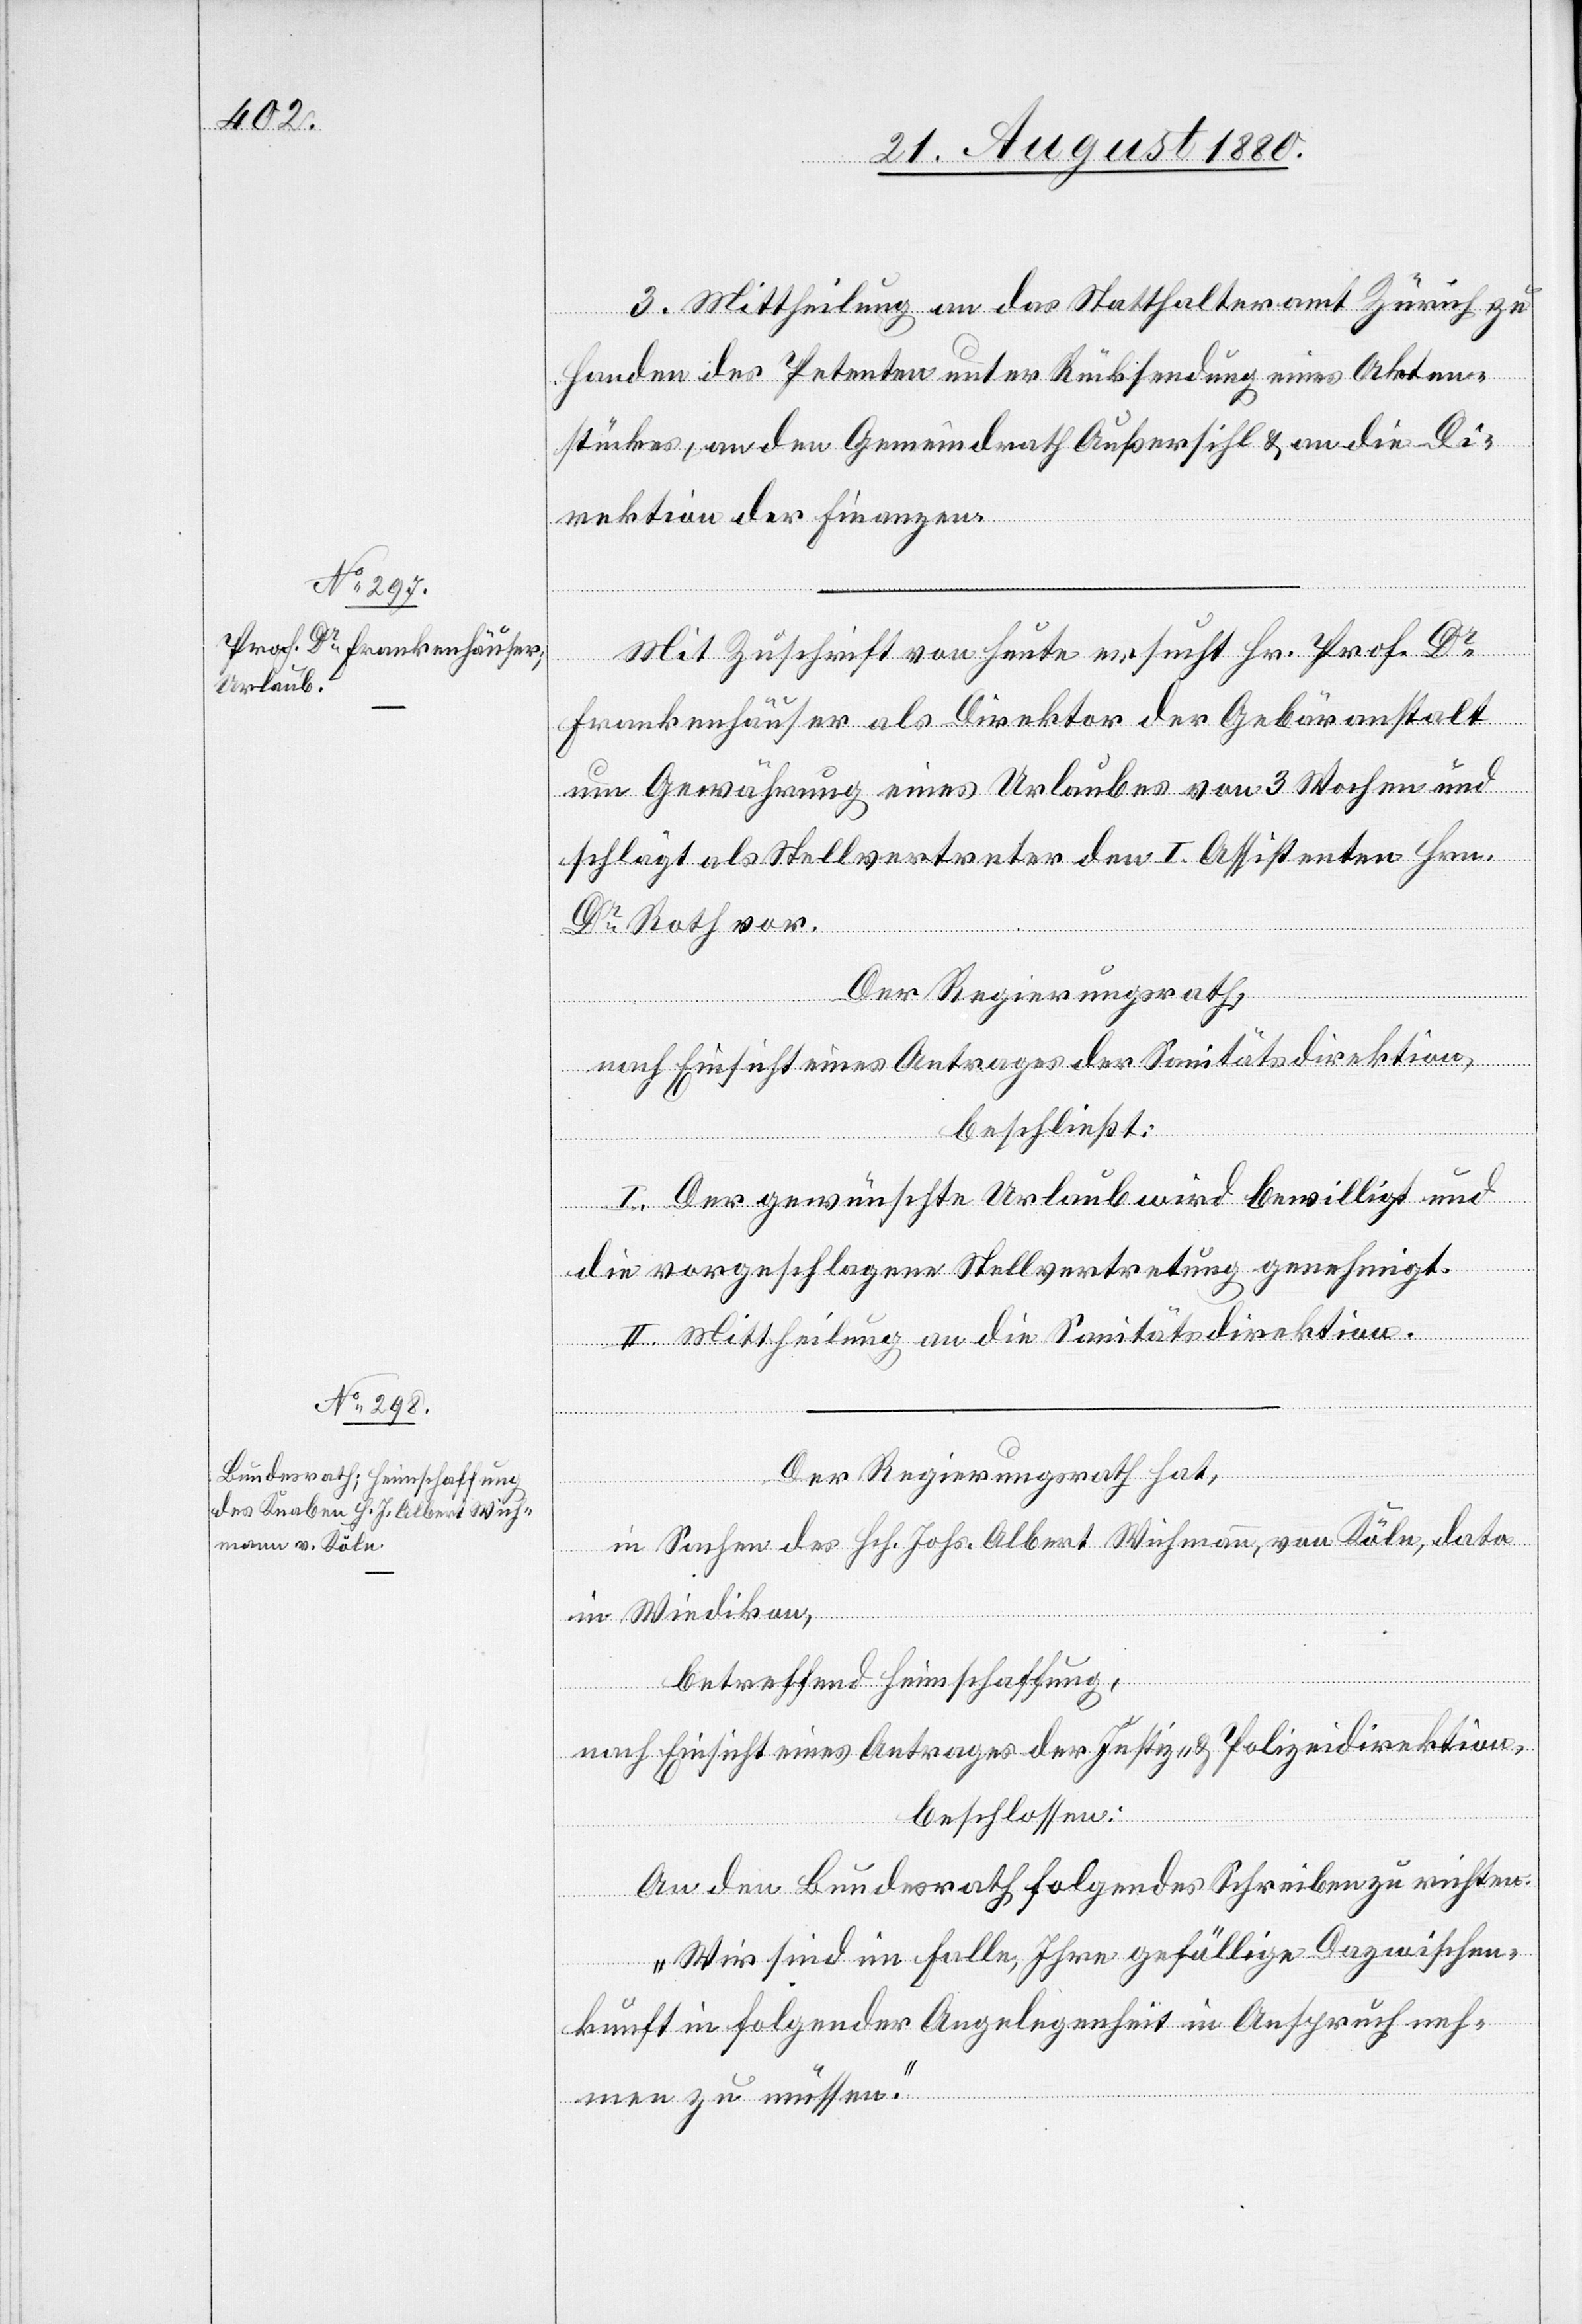
3. Mittheilung an das Statthalteramt Zürich zu
Handen der Petenten unter Rücksendung eines Akten¬
stückes, an den Gemeindrath Außersihl & an die Di¬
rektion der Finanzen.
Mit Zuschrift von heute ersucht Hr. Prof. Dr
Frankenhäuser als Direktor der Gebäranstalt
um Gewährung eines Urlaubes von 3 Wochen und
schlägt als Stellvertreter den I. Assistenten Hrn.
Dr Roth vor.
Der Regierungsrath,
nach Einsicht eines Antrages der Sanitätsdirektion,
beschließt:
I. Der gewünschte Urlaub wird bewilligt und
die vorgeschlagene Stellvertretung genehmigt.
II. Mittheilung an die Sanitätsdirektion.